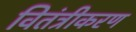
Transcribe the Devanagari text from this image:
वितंत्रीकरण